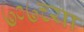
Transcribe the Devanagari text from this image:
७०७च्या